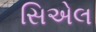
સિએલ